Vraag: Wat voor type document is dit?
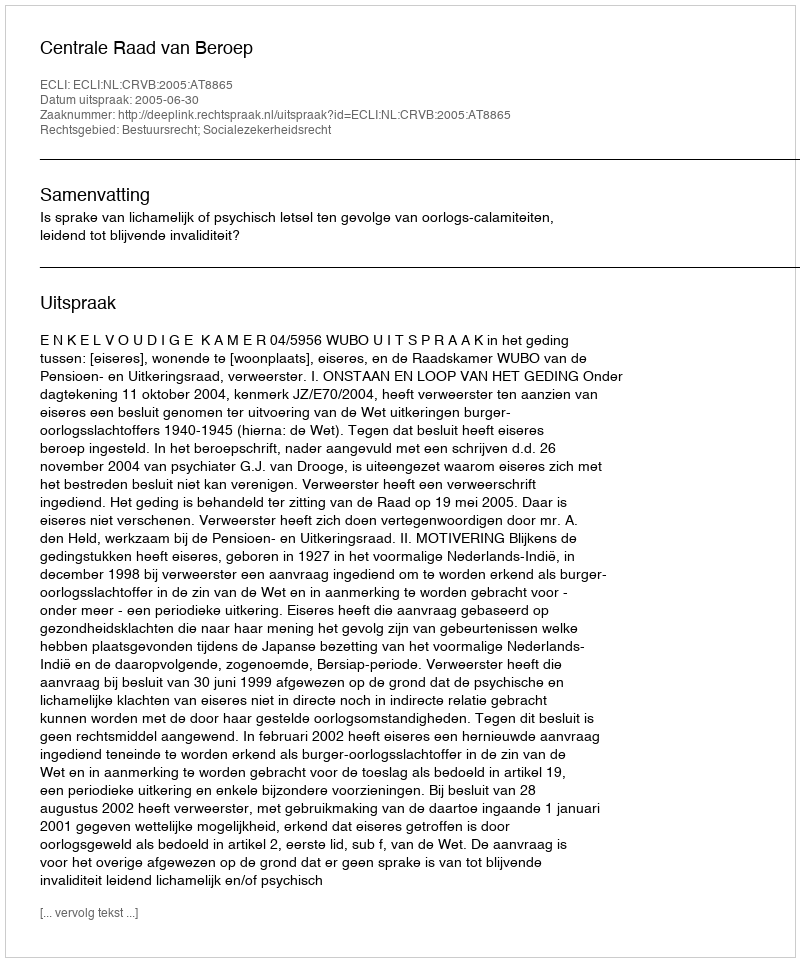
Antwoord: Uitspraak